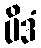
ပိဒံ